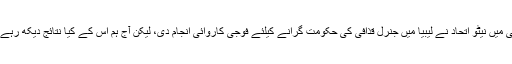
ماضی میں نیٹو اتحاد نے لیبیا میں جنرل قذافی کی حکومت گرانے کیلئے فوجی کاروائی انجام دی، لیکن آج ہم اس کے کیا نتائج دیکھ رہے ہیں؟